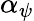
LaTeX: \alpha_{\psi}